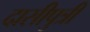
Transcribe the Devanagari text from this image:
दासीपुत्री